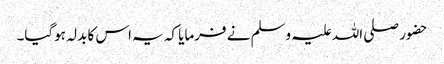
حضور صلی اللہ علیہ وسلم نے فرمایا کہ یہ اس کا بدلہ ہوگیا۔